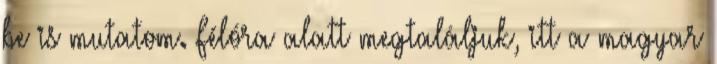
be is mutatom. Félóra alatt megtaláljuk, itt a magyar